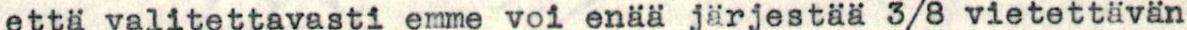
että valitettavasti emme voi enää järjestää 3/8 vietettävän